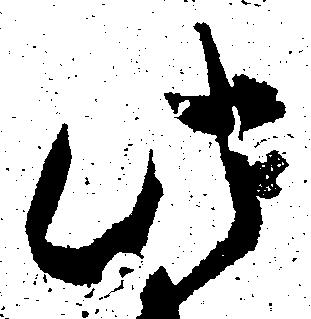
此